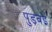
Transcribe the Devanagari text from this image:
पुड़वई